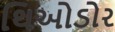
થિઓડોર